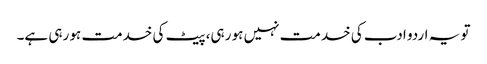
تو یہ اردو ادب کی خدمت نہیں ہو رہی، پیٹ کی خدمت ہو رہی ہے۔